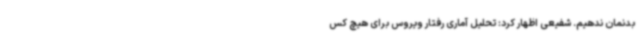
بدنمان ندهیم. شفیعی اظهار کرد: تحلیل آماری رفتار ویروس برای هیچ کس